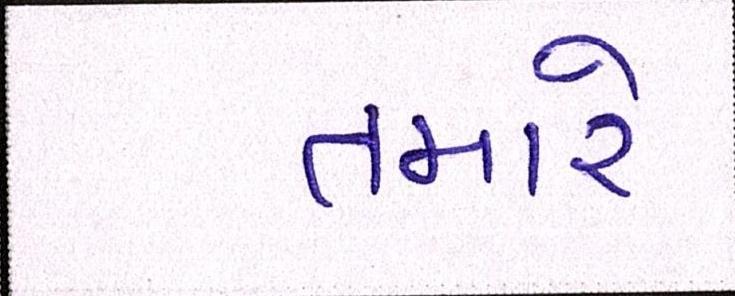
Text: તમારે